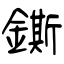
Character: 鐁